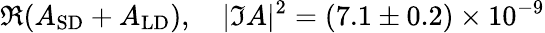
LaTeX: \Re({A_{\mathrm{SD}}}+A_{\mathrm{LD}}),~~~~|\Im A|^{2}=(7.1\pm 0.2)\times 10^{-9}